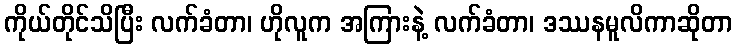
ကိုယ်တိုင်သိပြီး လက်ခံတာ၊ ဟိုလူက အကြားနဲ့ လက်ခံတာ၊ ဒဿနမူလိကာဆိုတာ